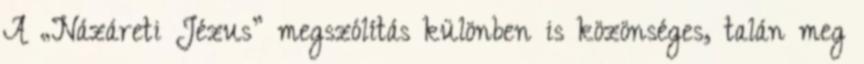
A „Názáreti Jézus” megszólítás különben is közönséges, talán meg